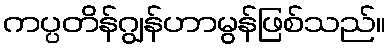
ကပ္ပတိန်ဂျွန်ဟာမွန်ဖြစ်သည်။